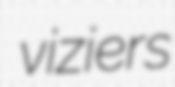
viziers